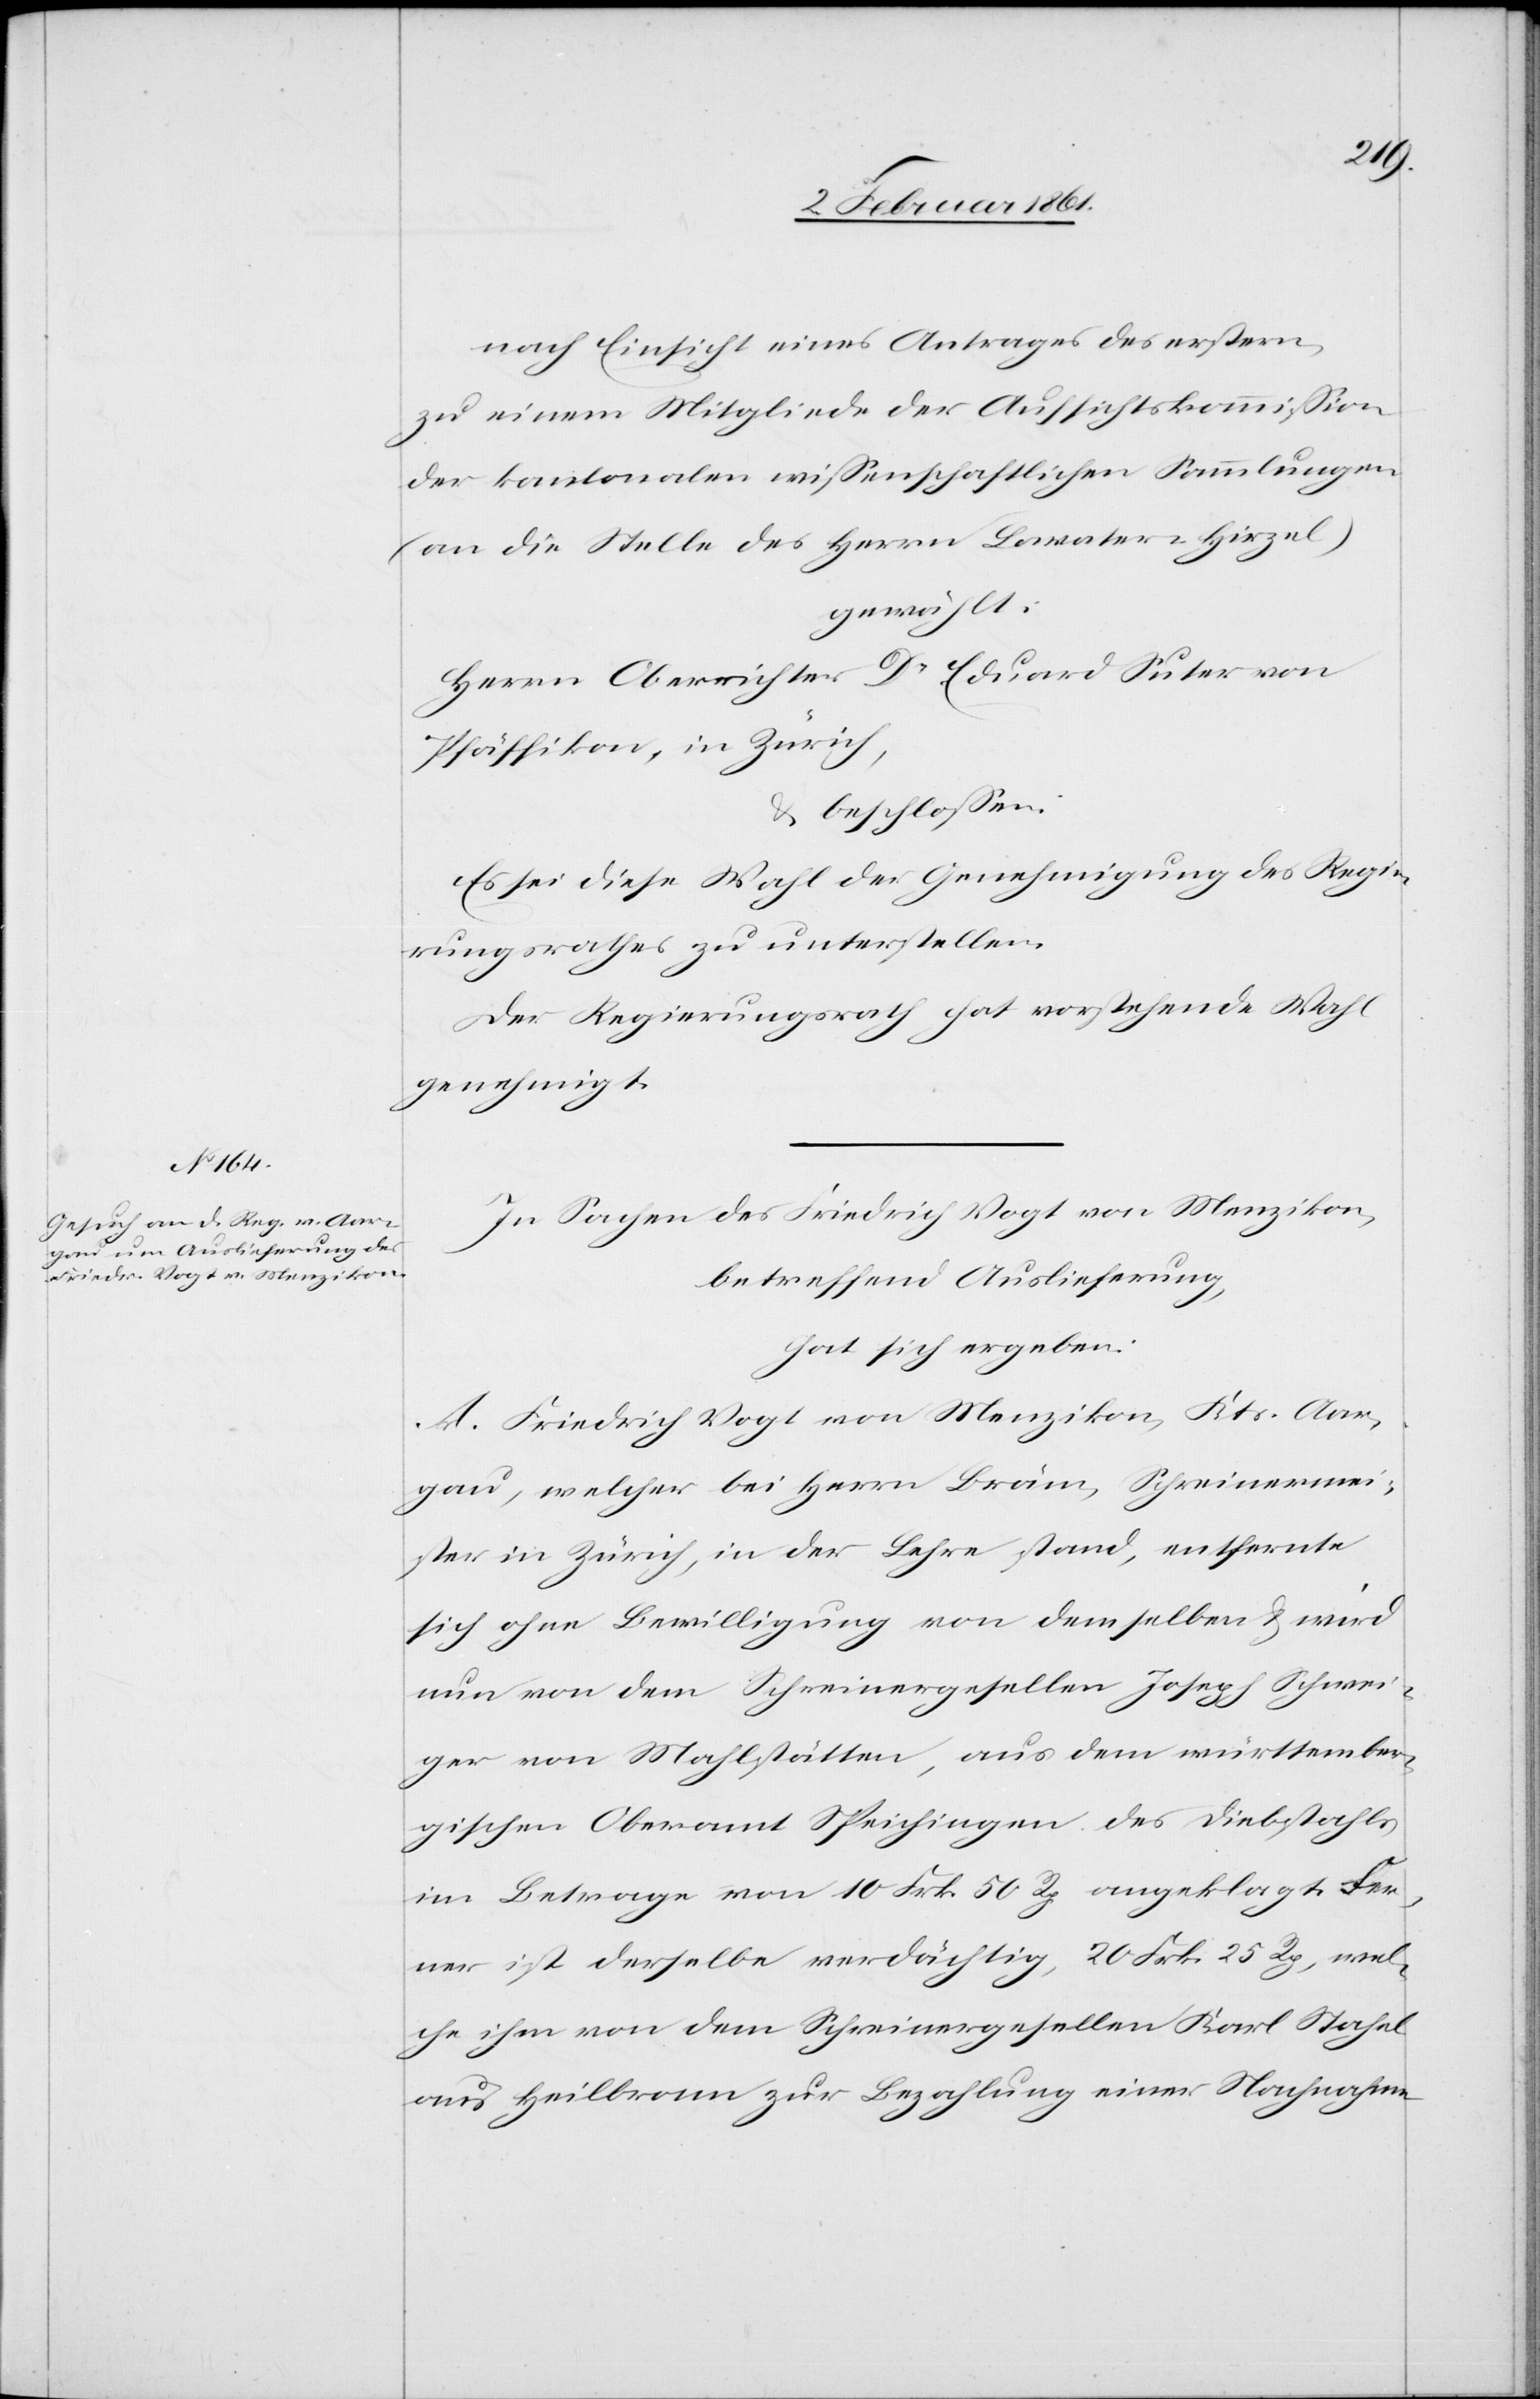
nach Einsicht eines Antrages des erstern,
zu einem Mitgliede der Aufsichtskommission
der kantonalen wissenschaftlichen Sammlungen
(an die Stelle des Herrn Lavater Hirzel)
gewählt:
Herrn Oberrichter Dr. Eduard Suter von
Pfäffikon, In Zürich,
u. beschlossen:
Es sei diese Wahl der Genehmigung des Regie¬
rungsrathes zu unterstellen.
Der Regierungsrath hat vorstehende Wahl
genehmigt.
In Sachen des Friedrich Vogt von Menzikon,
betreffend Auslieferung,
hat sich ergeben:
A. Friedrich Vogt von Menzikon, Kts. Aar¬
gau, welcher bei Herrn Bräm, Schreinermei¬
ster in Zürich, in der Lehre stand, entfernte
sich ohne Bewilligung von demselben u. wird
nun von dem Schreinergesellen Joseph Schneri¬
ger von Mahlstätten, aus dem württember¬
gischen Oberamt Speichingen des Diebstahls
im Betrage von 10 Frk. 50 Rp. angeklagt. Fer¬
ner ist derselbe verdächtig, 20 Frk. 25 Rp., wel¬
che ihm von dem Schreinergesellen Karl Stahel
aus Heilbronn zur Bezahlung einer Nachnahme